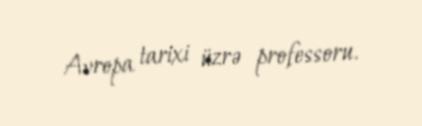
Avropa tarixi üzrə professoru.